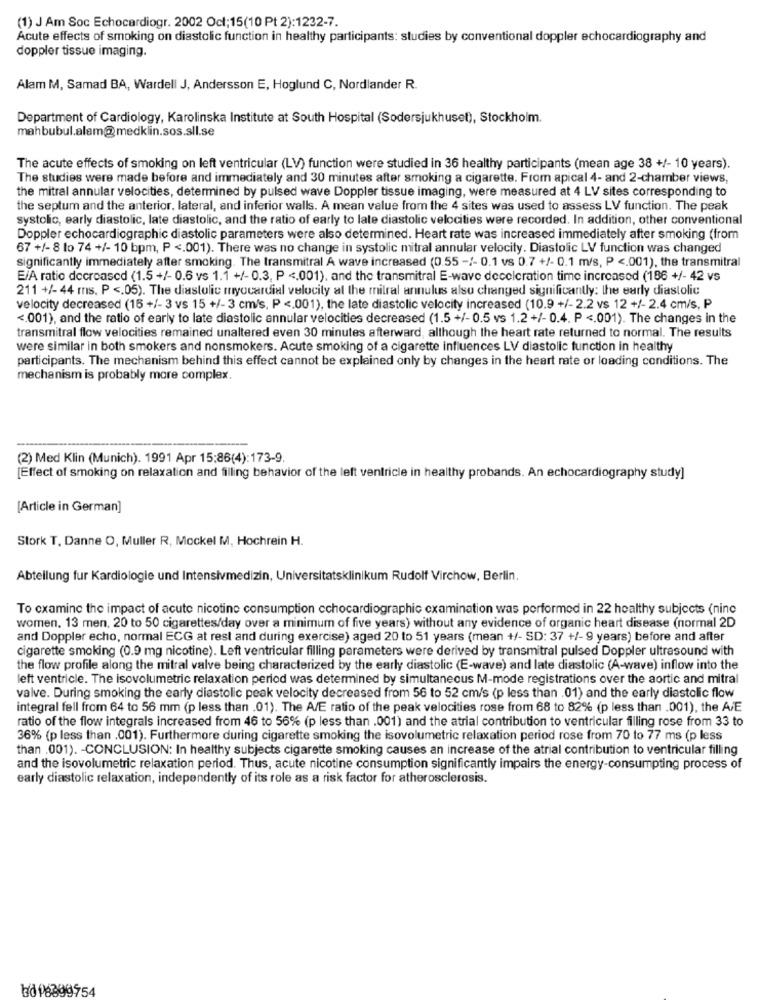
(1) J Am Soc Echocardiogr. 2002 Oct; 15(10 Pt 2):1232-7.
Acute effects of smoking on diastolic function in healthy participants: studies by conventional doppler echocardiography and
doppler tissue imaging.
Alam M, Samad BA, Wardell J, Andersson E, Hoglund C, Nordlander R.
Department of Cardiology, Karolinska Institute at South Hospital (Sodersjukhuset), Stockholm.
mahbubul.alam@medklin.sos.sll.se
The acute effects of smoking on left ventricular (LV) function were studied in 36 healthy participants (mean age 38 +/- 10 years).
The studies were made before and immediately and 30 minutes after smoking a cigarette. From apical 4- and 2-chamber views,
the mitral annular velocities, determined by pulsed wave Doppler tissue imaging, were measured at 4 LV sites corresponding to
the septum and the anterior. lateral, and inferior walls. A mean value from the 4 sites was used to assess LV function. The peak
systolic, early diastolic, late diastolic, and the ratio of early to late diastolic velocities were recorded. In addition, other conventional
Doppler echocardiographic diastolic parameters were also determined. Heart rate was increased immediately after smoking (from
67 +/- 8 to 74 +/- 10 bpm, P <. 001). There was no change in systolic mitral annular velocity. Diastolic LV function was changed
significantly immediately after smoking. The transmitral A wave increased (0.55 -/- 0.1 vs 0.7 +/- 0.1 m/s, P <. 001), the transmitral
E/A ratio decreased (1.5 +/- 0.6 vs 1.1 +/- 0.3, P <. 001), and the transmitral E-wave deceleration time increased (186 +/- 42 vs
211 +/- 44 ms. P <. 05). The diastolic myocardial velocity al the mitral annulus also changed significantly: the early diastolic
velocity decreased (16 +/- 3 vs 15 +/- 3 cm/s, P <. 001), the late diastolic velocity increased (10.9 +/- 2.2 vs 12 +/- 2.4 cm/s, P
<. 001), and the ratio of early to late diastolic annular velocities decreased (1.5 +/-0.5 vs 1.2 +/- 0.4. P <. 001). The changes in the
transmitral flow velocities remained unaltered even 30 minutes afterward, although the heart rate returned to normal. The results
were similar in both smokers and nonsmokers. Acute smoking of a cigarette influences LV diastolic function in healthy
participants. The mechanism behind this effect cannot be explained only by changes in the heart rate or loading conditions. The
mechanism is probably more complex.
(2) Med Klin (Munich). 1991 Apr 15:86(4):173-9.
[Effect of smoking on relaxation and filling behavior of the left ventricle in healthy probands. An echocardiography study]
[Article in German]
Stork T, Danne O, Muller R, Mockel M, Hochrein H.
Abteilung fur Kardiologie und Intensivmedizin, Universitatsklinikum Rudolf Virchow, Berlin.
To examine the impact of acute nicotine consumption echocardiographic examination was performed in 22 healthy subjects (nine
women, 13 men, 20 to 50 cigarettes/day over a minimum of five years) without any evidence of organic heart disease (normal 2D
and Doppler echo, normal ECG at rest and during exercise) aged 20 to 51 years (mean +/- SD: 37 +/-9 years) before and after
cigarette smoking (0.9 mg nicotine). Left ventricular filling parameters were derived by transmitral pulsed Doppler ultrasound with
the flow profile along the mitral valve being characterized by the early diastolic (E-wave) and late diastolic (A-wave) inflow into the
left ventricle. The isovolumetric relaxation period was determined by simultaneous M-mode registrations over the aortic and mitral
valve. During smoking the early diastolic peak velocity decreased from 56 to 52 cm/s (p less than . 01) and the early diastolic flow
integral fell from 64 to 56 mm (p less than .01). The A/E ratio of the peak velocities rose from 68 to 82% (p less than .001), the A/E
ratio of the flow integrals increased from 46 to 56% (p less than .001) and the atrial contribution to ventricular filling rose from 33 to
36% (p less than .001). Furthermore during cigarette smoking the isovolumetric relaxation period rose from 70 to 77 ms (p less
than .001). - CONCLUSION: In healthy subjects cigarette smoking causes an increase of the atrial contribution to ventricular filling
and the isovolumetric relaxation period. Thus, acute nicotine consumption significantly impairs the energy-consumpting process of
early diastolic relaxation, independently of its role as a risk factor for atherosclerosis.
bd P8399754